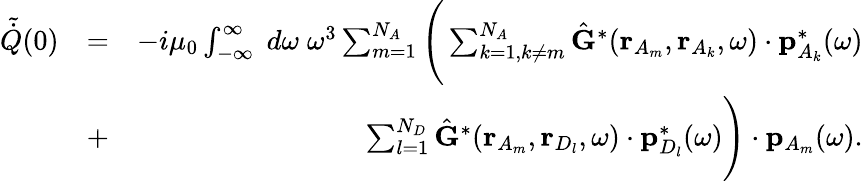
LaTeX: \begin{array}{rlr}{\tilde{\dot{Q}}(0)}&{=}&{-i\mu_{0}\int_{-\infty}^{\infty}\; d\omega\; \omega^{3}\sum_{m=1}^{N_{A}}\Bigg(\sum_{k=1,k\neq m}^{N_{A}}\hat{\mathbf{G}}^{*}(\mathbf{r}_{A_{m}},\mathbf{r}_{A_{k}},\omega)\cdot\mathbf{p}_{{A_{k}}}^{*}(\omega)}\\ &{+}&{\sum_{l=1}^{N_{D}}\hat{\mathbf{G}}^{*}(\mathbf{r}_{A_{m}},\mathbf{r}_{D_{l}},\omega)\cdot\mathbf{p}_{D_{l}}^{*}(\omega)\Bigg)\cdot{\mathbf{p}}_{A_{m}}(\omega).}\end{array}